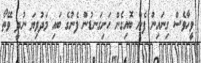
ވީހާވެސް ގިނައިން ފެން ބޮއިގެން ހަށިގަނޑުން ފެނުގެ ބައި މަދުވިޔަ ނުދީ ވޭތޯ